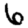
Digit: 6